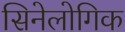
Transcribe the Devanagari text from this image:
सिनेलोगिक